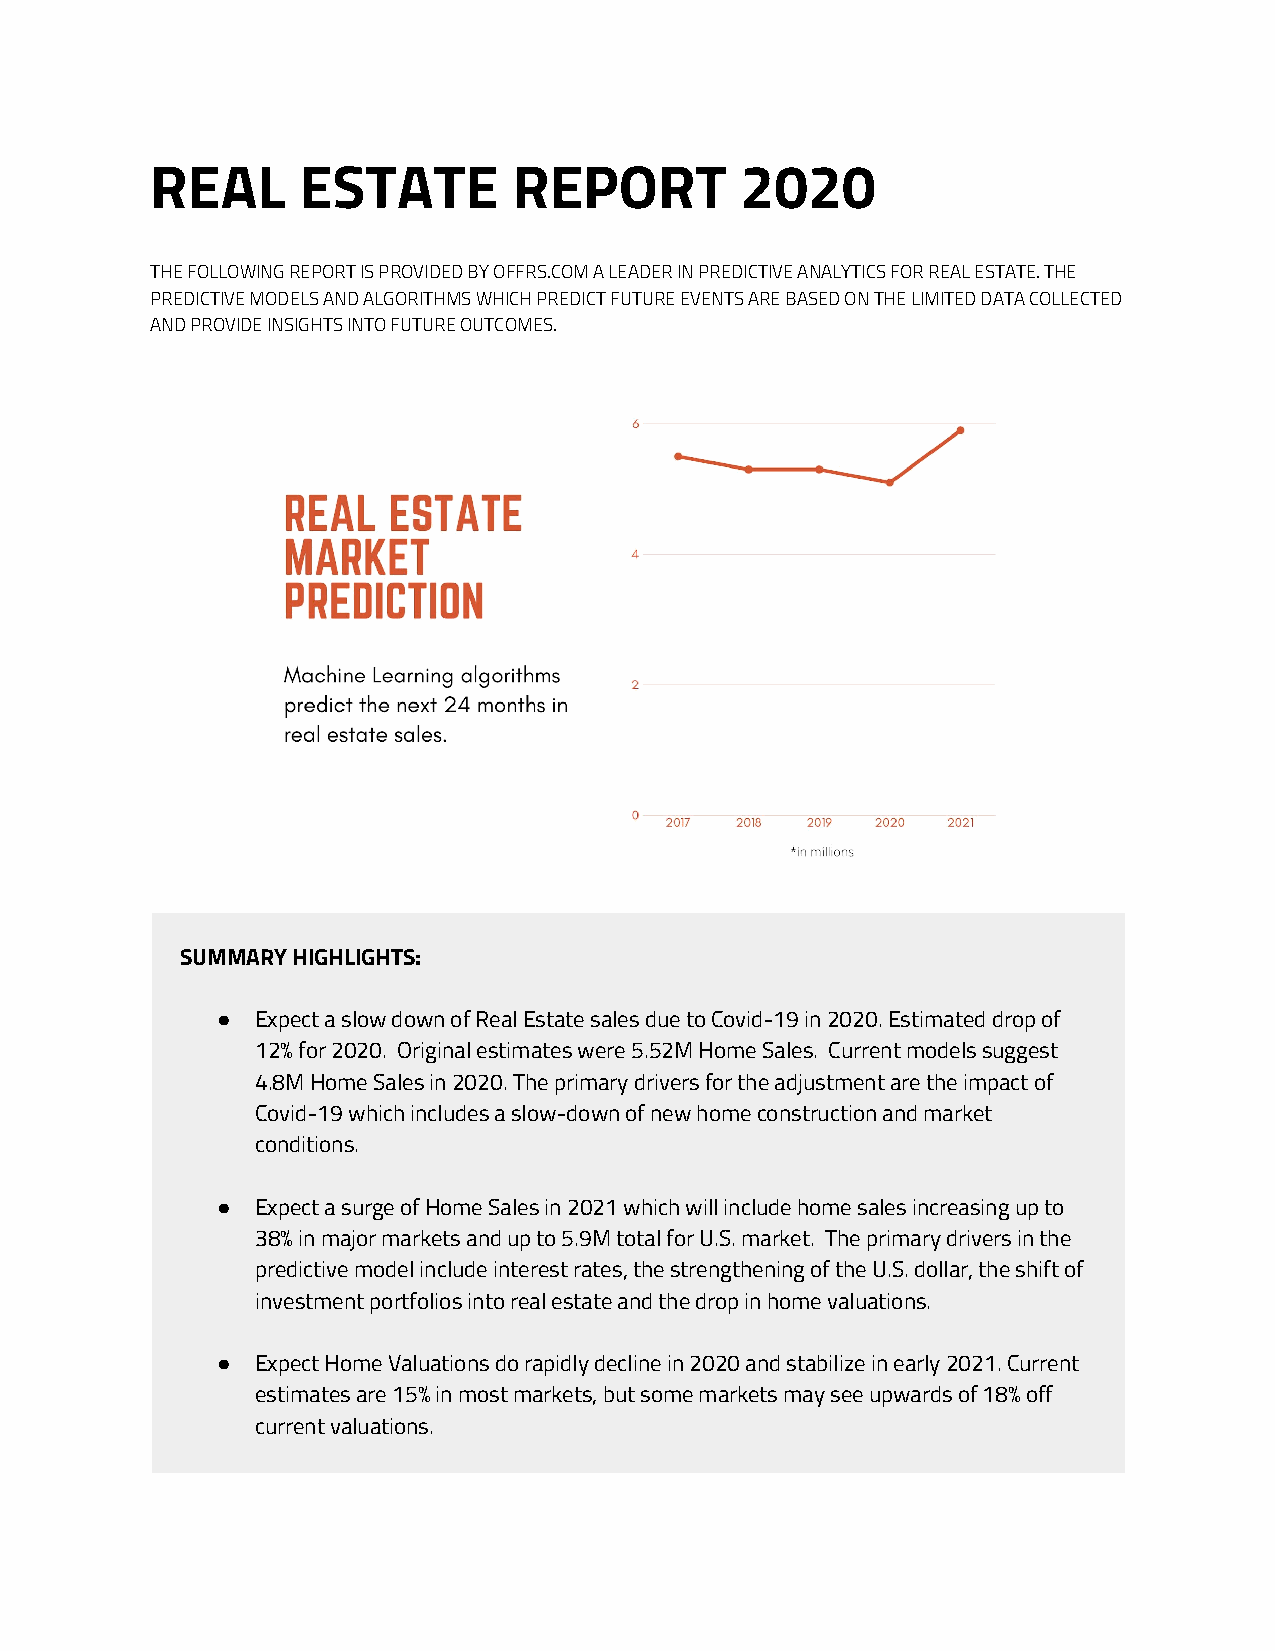
REAL      ESTATE        REPORT         2020
 THE FOLLOWING REPORT IS PROVIDED BY OFFRS.COM A LEADER IN PREDICTIVE ANALYTICS FOR REAL ESTATE. THE
 PREDICTIVE MODELS AND ALGORITHMS WHICH PREDICT FUTURE EVENTS ARE BASED ON THE LIMITED DATA COLLECTED
 AND PROVIDE INSIGHTS INTO FUTURE OUTCOMES.
 SUMMARY HIGHLIGHTS:
 ●  Expect a slow down of Real Estate sales due to Covid-19 in 2020. Estimated drop of
 12% for 2020. Original estimates were 5.52M Home Sales. Current models suggest
 4.8M Home Sales in 2020. The primary drivers for the adjustment are the impact of
 Covid-19 which includes a slow-down of new home construction and market
 conditions.
 ●  Expect a surge of Home Sales in 2021 which will include home sales increasing up to
 38% in major markets and up to 5.9M total for U.S. market. The primary drivers in the
 predictive model include interest rates, the strengthening of the U.S. dollar, the shift of
 investment portfolios into real estate and the drop in home valuations.
 ●  Expect Home Valuations do rapidly decline in 2020 and stabilize in early 2021. Current
 estimates are 15% in most markets, but some markets may see upwards of 18% off
 current valuations.